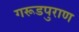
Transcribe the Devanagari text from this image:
गरूडपुराण